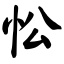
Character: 忪